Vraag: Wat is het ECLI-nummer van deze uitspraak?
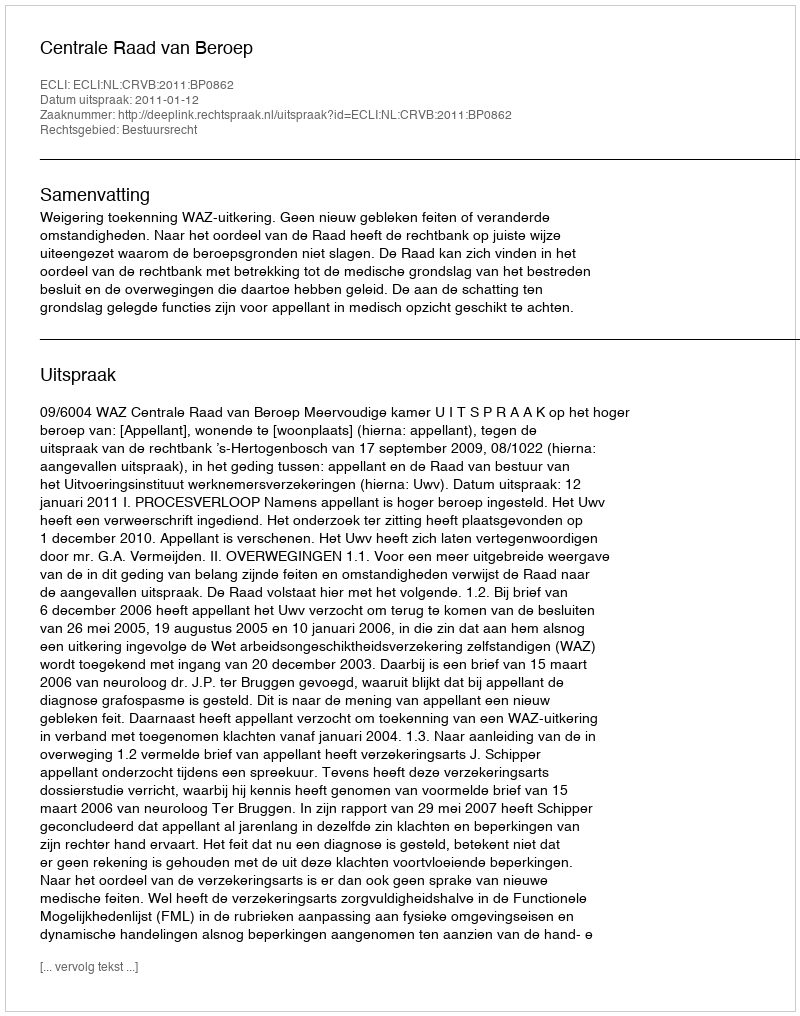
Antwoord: ECLI:NL:CRVB:2011:BP0862